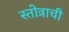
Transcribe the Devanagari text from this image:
स्तोत्राची